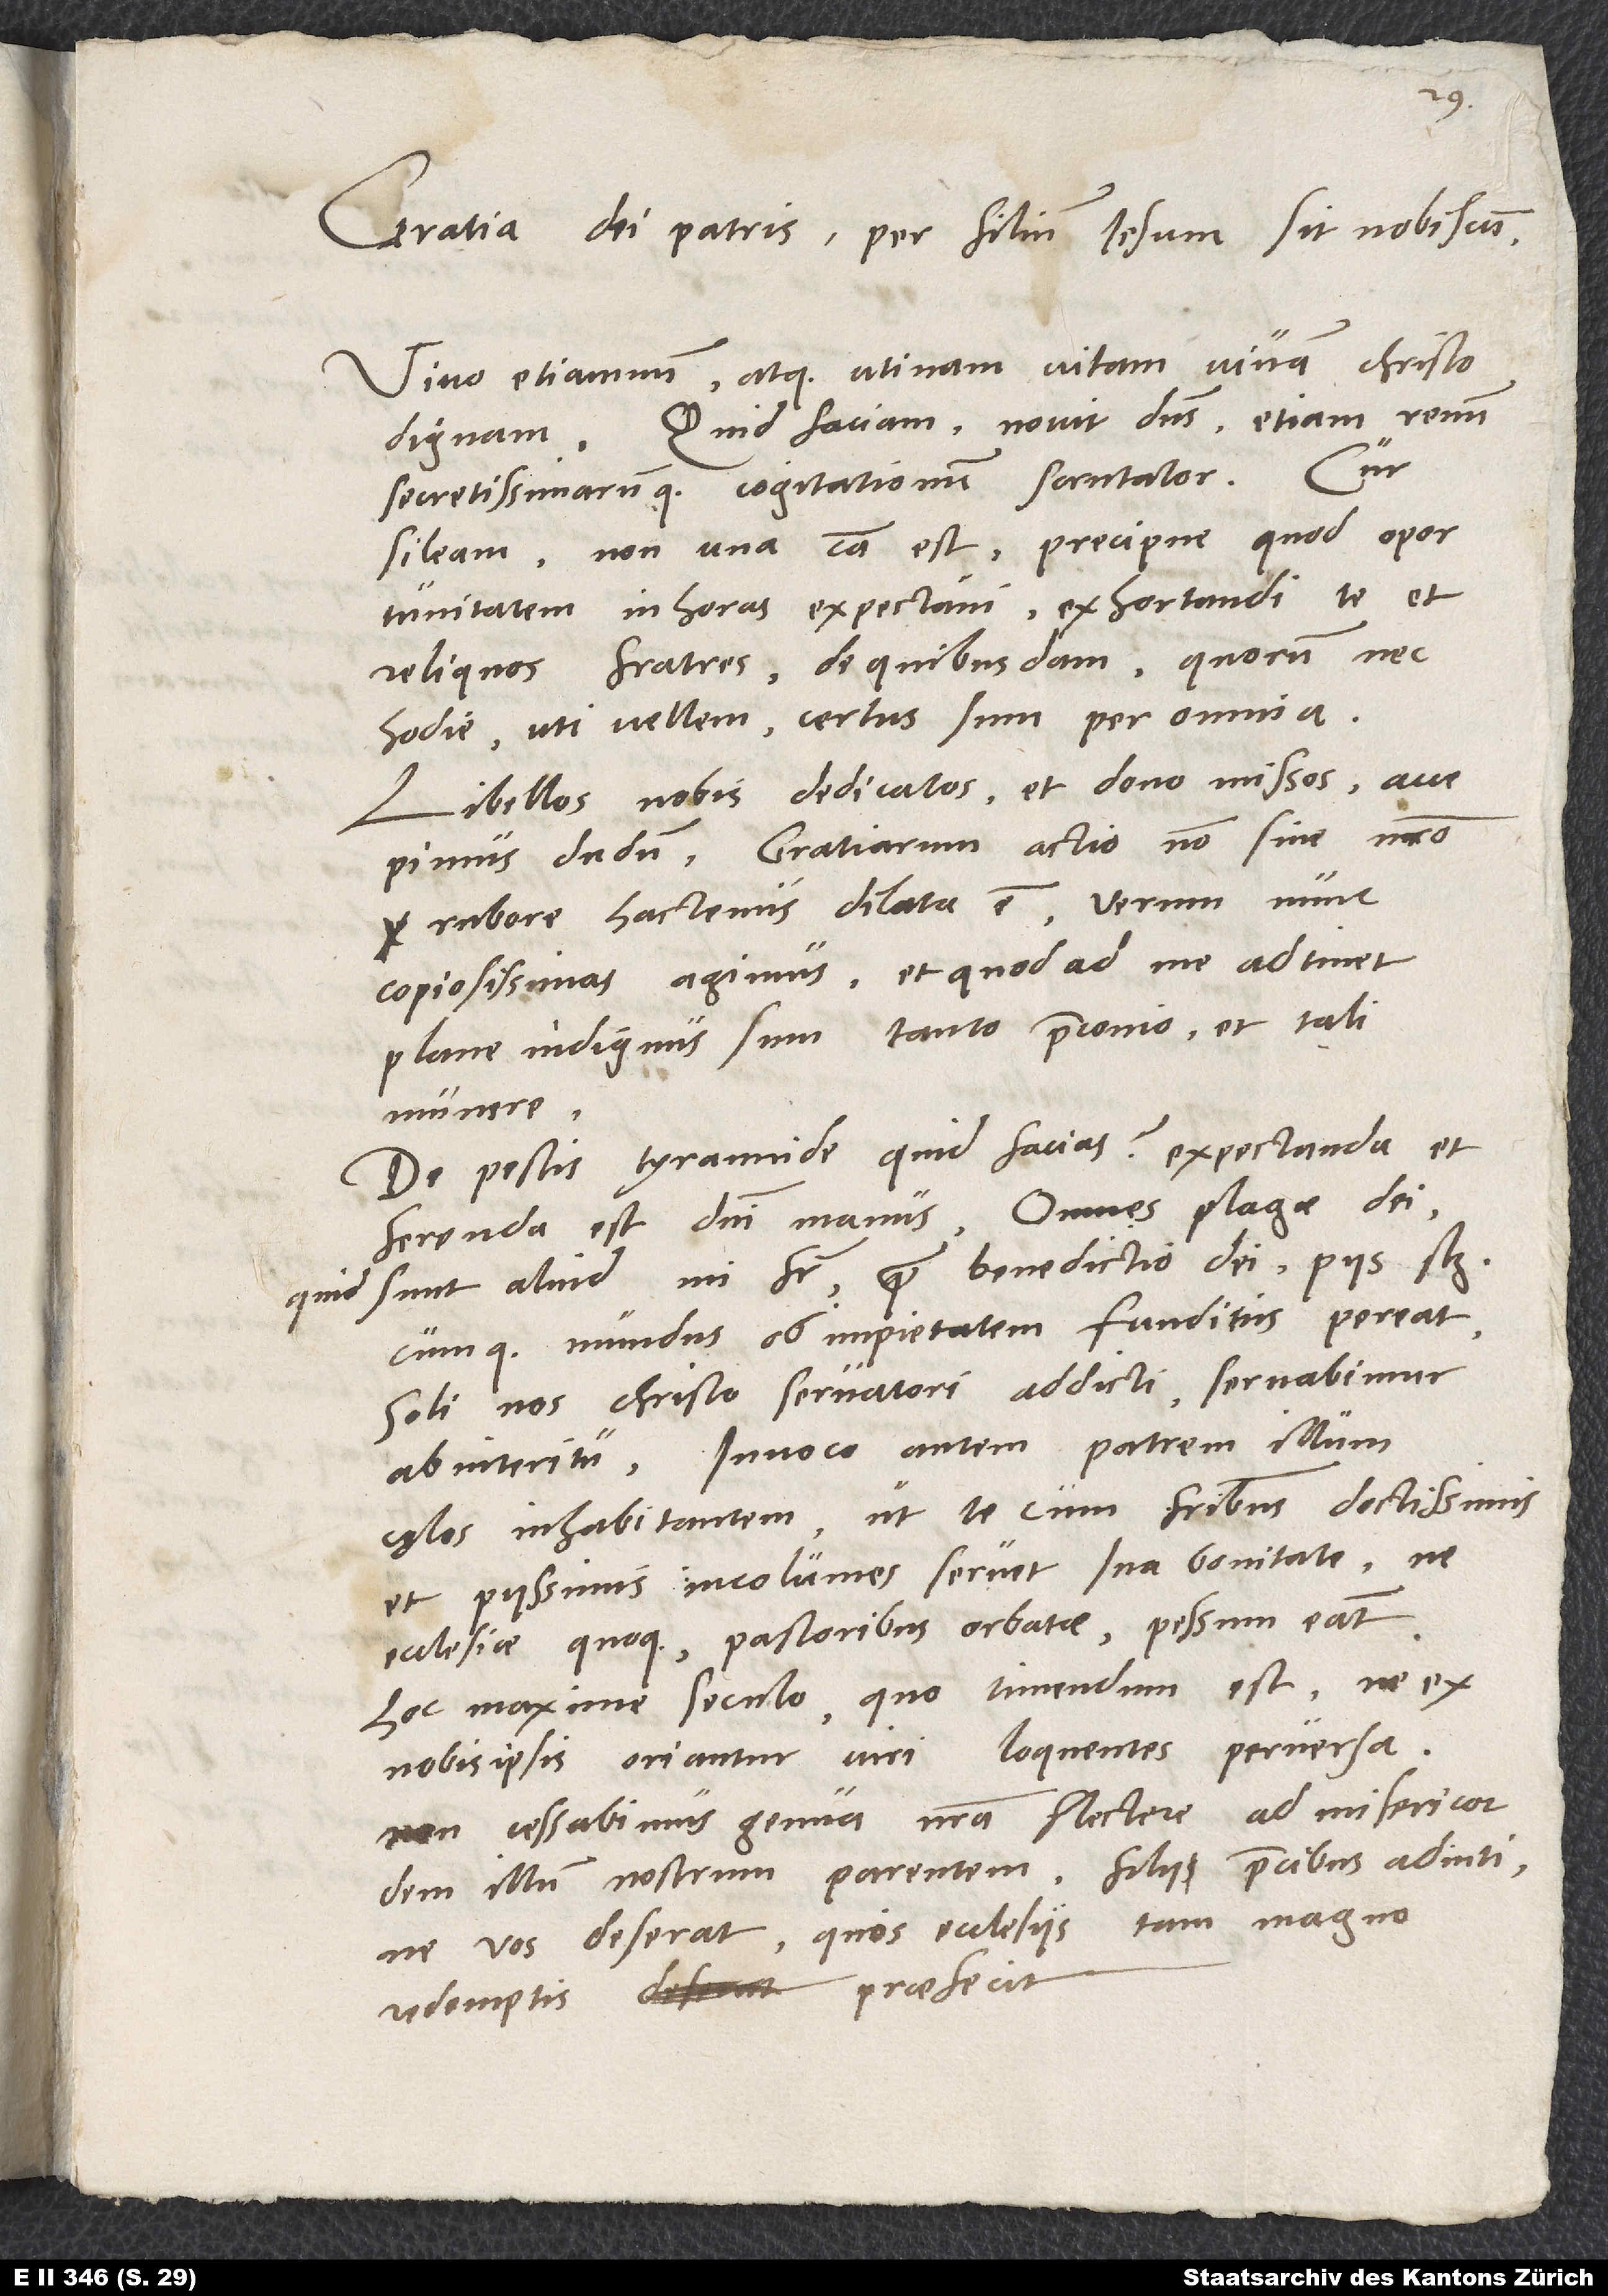
Gratia dei patris per filium Iesum sit nobiscum.
Vivo etiamnum, atque utinam vitam vivam Christo
dignam! Quid faciam, novit dominus, etiam rerum
secretissimarumque cogitationum scrutator. Cur
sileam, non una causa est, precipue quod oportunitatem
in horas expectavi exhortandi te et
reliquos fratres de quibusdam, quorum nec
hodie, uti vellem, certus sum per omnia.
Libellos nobis dedicatos et dono missos accepimus
dudum. Gratiarum actio non sine nostro
rubore hactenus dilata est, verum nunc
copiosissimas agimus, et quod ad me adtinet,
plane indignus sum tanto praeconio et tali
munere.
De pestis tyrannide quid facias? Expectanda et
ferenda est domini manus. Omnes plagae dei
quid sunt aliud, mi frater, quam benedictio dei, piis scilicet,
cumque mundus ob impietatem funditus pereat,
soli nos Christo servatori addicti servabimur
ab interitu. Invoco autem patrem illum
cęlos inhabitantem, ut te cum fratribus doctissimis
et piissimis incolumes servet sua bonitate, ne
ecclesiae quoque pastoribus orbatae pessum eant,
hoc maxime seculo, quo timendum est, ne ex
nobis ipsis oriantur viri loquentes perversa.
Non cessabimus genua nostra flectere ad misericordem
illum nostrum parentem fuji precibus adiuti,
ne vos deserat, quos ecclesiis tam magno
redemptis praefecit.